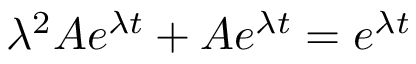
\lambda ^ { 2 } A e ^ { \lambda t } + A e ^ { \lambda t } = e ^ { \lambda t }